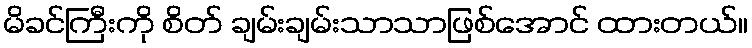
မိခင်ကြီးကို စိတ် ချမ်းချမ်းသာသာဖြစ်အောင် ထားတယ်။